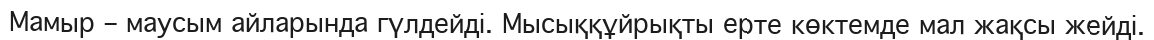
Мамыр – маусым айларында гүлдейді. Мысыққұйрықты ерте көктемде мал жақсы жейді.